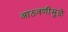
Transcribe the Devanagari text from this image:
आठवणींमुळे